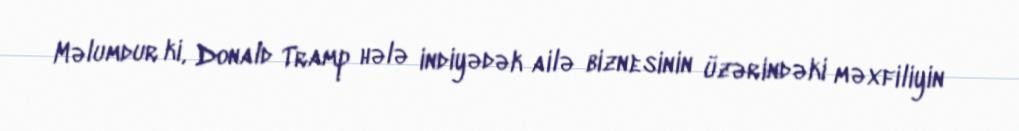
Məlumdur ki, Donald Tramp hələ indiyədək ailə biznesinin üzərindəki məxfiliyin